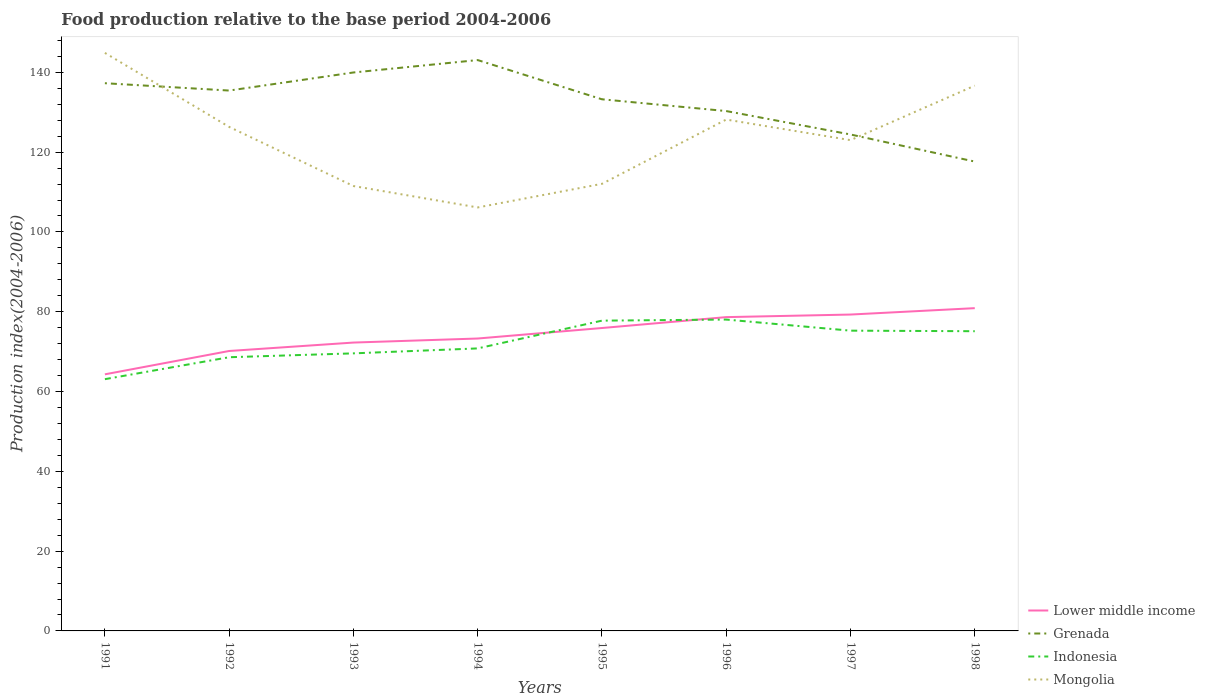
| Years | Lower middle income | Grenada | Indonesia | Mongolia |
 | --- | --- | --- | --- | --- |
 | 1991 | 64.3 | 137 | 63.1 | 145 |
 | 1992 | 70.2 | 135 | 68.6 | 126 |
 | 1993 | 72.3 | 140 | 69.6 | 112 |
 | 1994 | 73.3 | 143 | 70.8 | 106 |
 | 1995 | 75.9 | 133 | 77.8 | 112 |
 | 1996 | 78.7 | 130 | 78 | 128 |
 | 1997 | 79.3 | 124 | 75.3 | 123 |
 | 1998 | 80.9 | 118 | 75.1 | 137 |